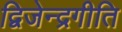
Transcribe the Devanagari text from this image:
द्विजेन्द्रगीति